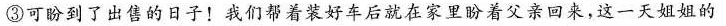
③可盼到了出售的日子！我们帮着装好车后就在家里盼着父亲回来，这一天姐姐的